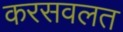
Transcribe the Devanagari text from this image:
करसवलत